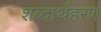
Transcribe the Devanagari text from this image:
शब्दार्थहरण